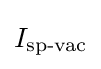
I_{\text{sp-vac}}